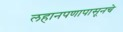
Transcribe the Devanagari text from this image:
लहानपणापासूनचे